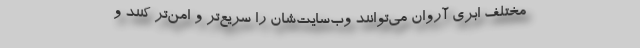
مختلف ابری آروان می‌توانند وب‌سایت‌شان را سریع‌تر و امن‌تر کنند و